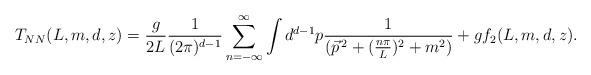
LaTeX: \begin{align*}T_{NN}(L,m,d,z)=\frac{g}{2L}\frac{1}{(2\pi)^{d-1}}\sum_{n=-\infty}^{\infty}\int d^{d-1}p\frac{1}{(\vec{p}^{\,2}+(\frac{n\pi}{L})^{2}+m^{2})}+gf_{2}(L,m,d,z).\end{align*}